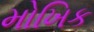
મોખિક